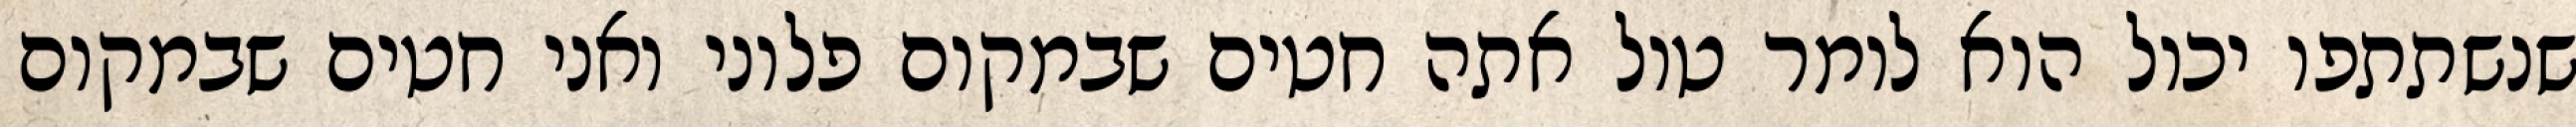
שנשתתפו יכול הוא לומר טול אתה חטים שבמקום פלוני ואני חטים שבמקום